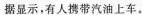
据显示，有人携带汽油上车。